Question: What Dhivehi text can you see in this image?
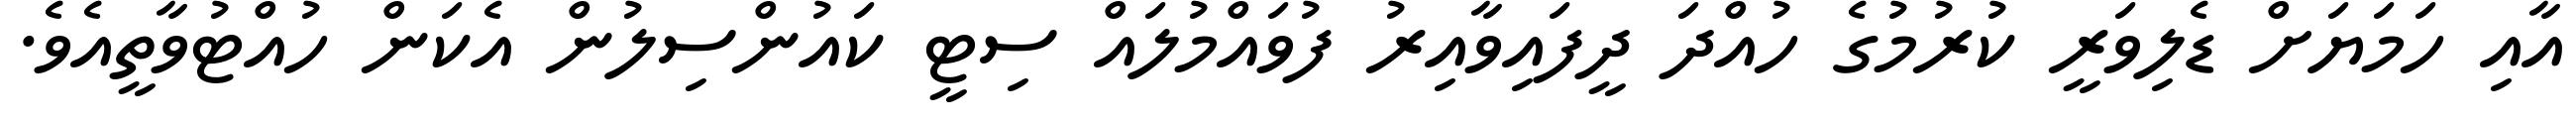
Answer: އާއި ހަމަޔަށް ޑެލިވަރީ ކުރުމުގެ ހުއްދަ ދީފައިވާއިރު ފުވައްމުލައް ސިޓީ ކައުންސިލުން އެކަން ހުއްޓުވާތީއެވެ.